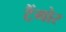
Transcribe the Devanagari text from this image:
टैंगोर